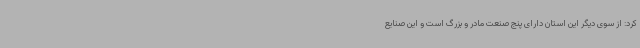
کرد: از سوی دیگر این استان دارای پنج صنعت مادر و بزرگ است و این صنایع